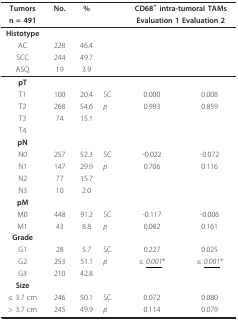
<table><thead><tr><td><b>Tumors</b></td><td><b>No.</b></td><td><b>%</b></td><td></td><td colspan="2"><b>CD68<sup>+ </sup>intra-tumoral TAMs</b></td></tr><tr><td><b>n = 491</b></td><td></td><td></td><td></td><td colspan="2"><b>Evaluation 1 Evaluation 2</b></td></tr></thead><tbody><tr><td><b>Histotype</b></td><td></td><td></td><td></td><td></td><td></td></tr><tr><td>AC</td><td>228</td><td>46.4</td><td></td><td></td><td></td></tr><tr><td>SCC</td><td>244</td><td>49.7</td><td></td><td></td><td></td></tr><tr><td>ASQ</td><td>19</td><td>3.9</td><td></td><td></td><td></td></tr><tr><td><b>pT</b></td><td></td><td></td><td></td><td></td><td></td></tr><tr><td>T1</td><td>100</td><td>20.4</td><td>SC</td><td>0.000</td><td>0.008</td></tr><tr><td>T2</td><td>268</td><td>54.6</td><td><i>p</i></td><td>0.993</td><td>0.859</td></tr><tr><td>T3</td><td>74</td><td>15.1</td><td></td><td></td><td></td></tr><tr><td>T4</td><td></td><td></td><td></td><td></td><td></td></tr><tr><td><b>pN</b></td><td></td><td></td><td></td><td></td><td></td></tr><tr><td>N0</td><td>257</td><td>52.3</td><td>SC</td><td>-0.022</td><td>-0.072</td></tr><tr><td>N1</td><td>147</td><td>29.9</td><td><i>p</i></td><td>0.706</td><td>0.116</td></tr><tr><td>N2</td><td>77</td><td>15.7</td><td></td><td></td><td></td></tr><tr><td>N3</td><td>10</td><td>2.0</td><td></td><td></td><td></td></tr><tr><td><b>pM</b></td><td></td><td></td><td></td><td></td><td></td></tr><tr><td>M0</td><td>448</td><td>91.2</td><td>SC</td><td>-0.117</td><td>-0.006</td></tr><tr><td>M1</td><td>43</td><td>8.8</td><td><i>p</i></td><td>0.082</td><td>0.161</td></tr><tr><td><b>Grade</b></td><td></td><td></td><td></td><td></td><td></td></tr><tr><td>G1</td><td>28</td><td>5.7</td><td>SC</td><td>0.227</td><td>0.025</td></tr><tr><td>G2</td><td>253</td><td>51.1</td><td><i>p</i></td><td><i>≤ <underline>0.001</underline></i>*</td><td><i>≤ <underline>0.001</underline>*</i></td></tr><tr><td>G3</td><td>210</td><td>42.8</td><td></td><td></td><td></td></tr><tr><td><b>Size</b></td><td></td><td></td><td></td><td></td><td></td></tr><tr><td>≤ 3.7 cm</td><td>246</td><td>50.1</td><td>SC</td><td>0.072</td><td>0.080</td></tr><tr><td>&gt; 3.7 cm</td><td>245</td><td>49.9</td><td><i>p</i></td><td>0.114</td><td>0.079</td></tr></tbody></table>